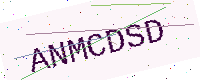
Text: ANMCDSD